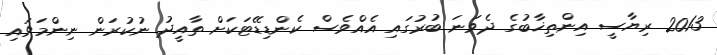
2013 ރިޔާސީ އިންތިޚާބުގެ ދެވަނަ ބުރުގައި އެއްވެސް ކެންޑިޑޭޓަކަށް ތާއީދު ނުކުރަން ނިންމަވައި